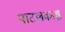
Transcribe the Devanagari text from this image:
पाटलकाष्ठ